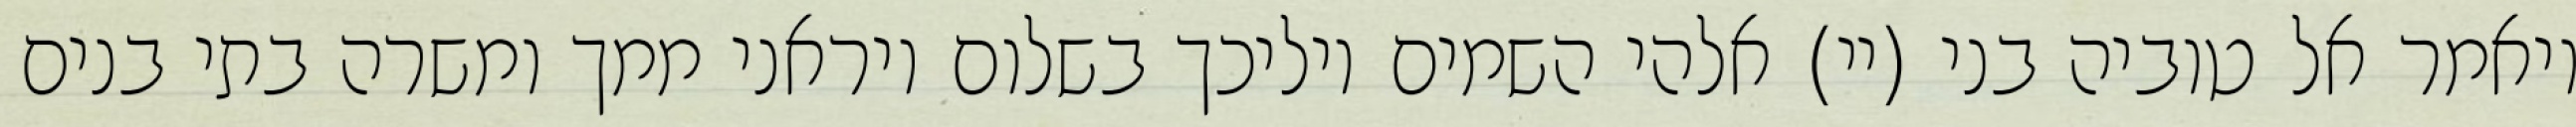
ויאמר אל טוביה בני (יי) אלהי השמים יוליכך בשלום ויראני ממך ומשרה בתי בנים